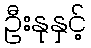
ဦးနုနှင့်